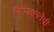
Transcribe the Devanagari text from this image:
निर्णयक्षमतेची